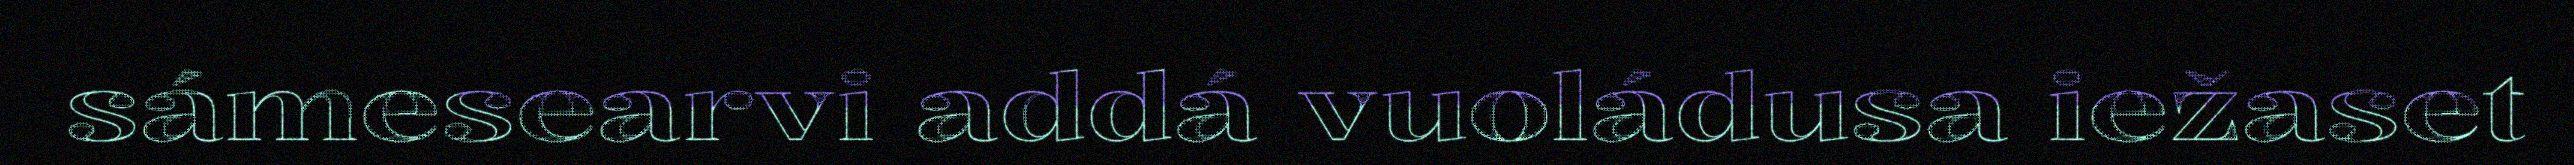
sámesearvi addá vuoládusa iežaset